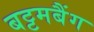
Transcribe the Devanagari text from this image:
बट्टमबैंग